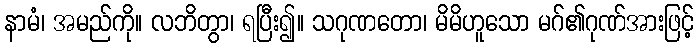
နာမံ၊ အမည်ကို။ လဘိတွာ၊ ရပြီး၍။ သဂုဏတော၊ မိမိဟူသော မဂ်၏ဂုဏ်အားဖြင့်